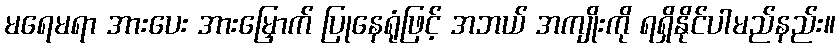
မရေမရာ အားပေး အားမြှောက် ပြုနေရုံဖြင့် အဘယ် အကျိုးကို ရရှိနိုင်ပါမည်နည်း။